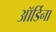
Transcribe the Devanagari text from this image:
ऑर्डिना